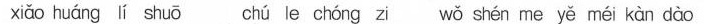
xiǎo huáng lí shuō chú le chóng zi wǒ shén me yě méi kàn dào